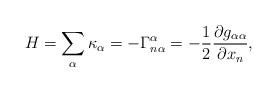
LaTeX: \begin{align*} H =\sum_\alpha \kappa_\alpha = -\Gamma^{\alpha}_{n\alpha} = -\frac{1}{2}\frac{\partial g_{\alpha\alpha}}{\partial x_n},\end{align*}